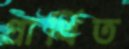
প্রার্থিত